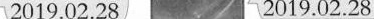
2019.02.28 2019.02.2